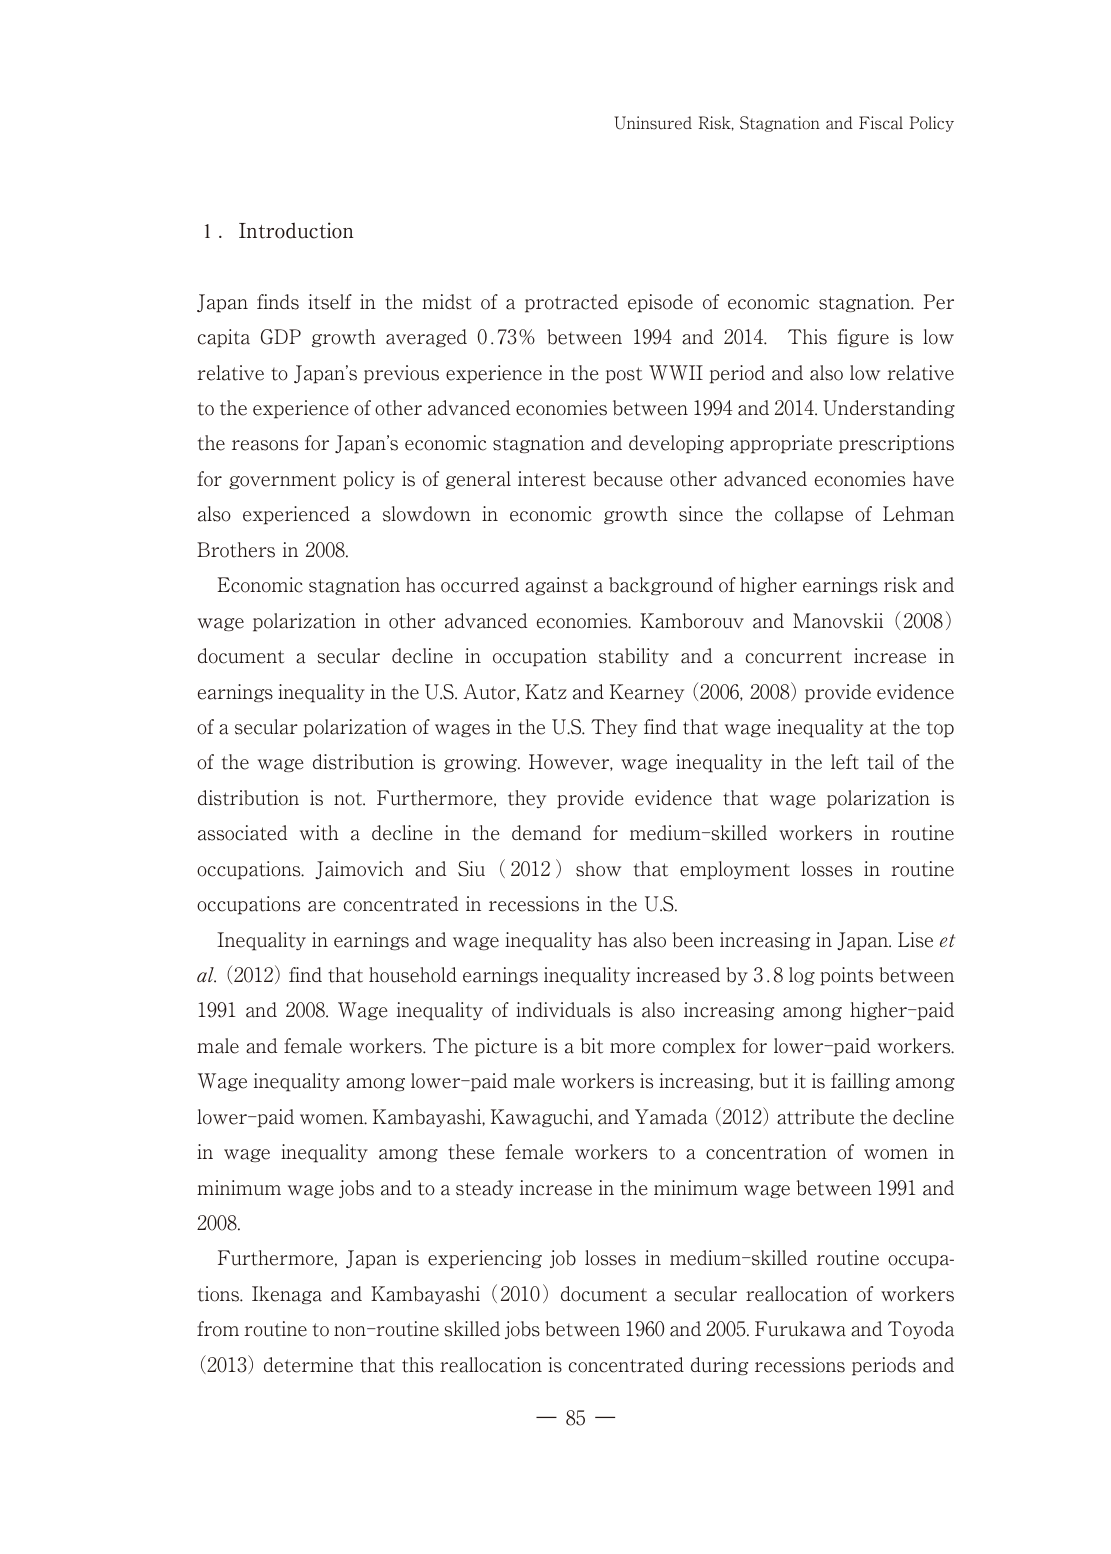
Uninsured Risk, Stagnation and Fiscal Policy

1. Introduction

Japan finds itself in the midst of a protracted episode of economic stagnation. Per capita GDP growth averaged 0.73% between 1994 and 2014. This figure is low relative to Japan's previous experience in the post WWII period and also low relative to the experience of other advanced economies between 1994 and 2014. Understanding the reasons for Japan's economic stagnation and developing appropriate prescriptions for government policy is of general interest because other advanced economies have also experienced a slowdown in economic growth since the collapse of Lehman Brothers in 2008.

Economic stagnation has occurred against a background of higher earnings risk and wage polarization in other advanced economies. Kamboruv and Manovskii (2008) document a secular decline in occupation stability and a concurrent increase in earnings inequality in the U.S. Autor, Katz and Kearney (2006, 2008) provide evidence of a secular polarization of wages in the U.S. They find that wage inequality at the top of the wage distribution is growing. However, wage inequality in the left tail of the distribution is not. Furthermore, they provide evidence that wage polarization is associated with a decline in the demand for medium-skilled workers in routine occupations. Jaimovich and Siu (2012) show that employment losses in routine occupations are concentrated in recessions in the U.S.

Inequality in earnings and wage inequality has also been increasing in Japan. Lise et al. (2012) find that household earnings inequality increased by 3.8 log points between 1991 and 2008. Wage inequality of individuals is also increasing among higher-paid male and female workers. The picture is a bit more complex for lower-paid workers. Wage inequality among lower-paid male workers is increasing, but it is falling among lower-paid women. Kambayashi, Kawaguchi, and Yamada (2012) attribute the decline in wage inequality among these female workers to a concentration of women in minimum wage jobs and to a steady increase in the minimum wage between 1991 and 2008.

Furthermore, Japan is experiencing job losses in medium-skilled routine occupations. Ikenaga and Kambayashi (2010) document a secular reallocation of workers from routine to non-routine skilled jobs between 1960 and 2005. Furukawa and Toyoda (2013) determine that this reallocation is concentrated during recessions periods and

— 85 —